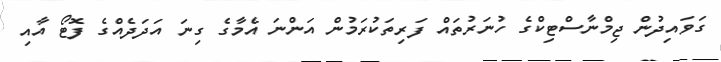
ގަވައިދުން ޖިމްނާސްޓިކްގެ ހުނަރުތައް ފަރިތަކުރަމުން އަންނަ އެމާގެ ގިނަ އަދަދެއްގެ ފޮޓޯ އާއި